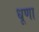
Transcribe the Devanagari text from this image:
धूणा